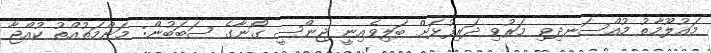
މައުލޫމާތު މުއްސަނދިވި މަރުވި ދަރިފުޅަށް ބަލިވެއިނީ ޖިންސީ ގޯނާގެ ސަބަބުން: މަންމަތުއްތު ކުއްޖާ